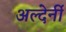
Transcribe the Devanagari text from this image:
अल्देर्नी